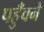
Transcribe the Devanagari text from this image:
पहुँवने